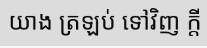
យាង ត្រឡប់ ទៅវិញ ក្តី